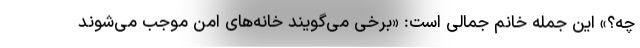
چه؟» این جمله خانم جمالی است: «برخی می‌گویند خانه‌های امن موجب می‌شوند